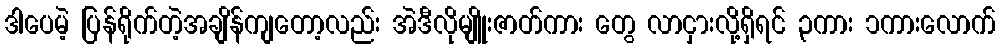
ဒါပေမဲ့ ပြန်ရိုက်တဲ့အချိန်ကျတော့လည်း အဲဒီလိုမျိူးဇာတ်ကား တွေ လာငှားလို့ရှိရင် ၃ကား ၁ကားလောက်